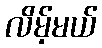
လိမ့်မယ်